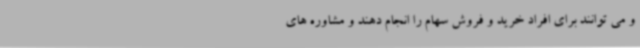
و می توانند برای افراد خرید و فروش سهام را انجام دهند و مشاوره های